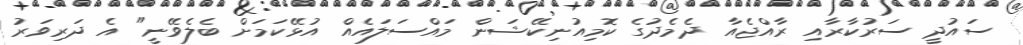
ސައުދީ ސަރުކާރާއި ރާއްޖެއާ ދެމެދުގެ ކޮމިއުނިކޭޝަން މައްސަލައެއް އުޅޭކަމަށް ބެލެވޭނީ" އެ ދަރިވަރު